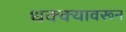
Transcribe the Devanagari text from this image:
धक्क्यावरून